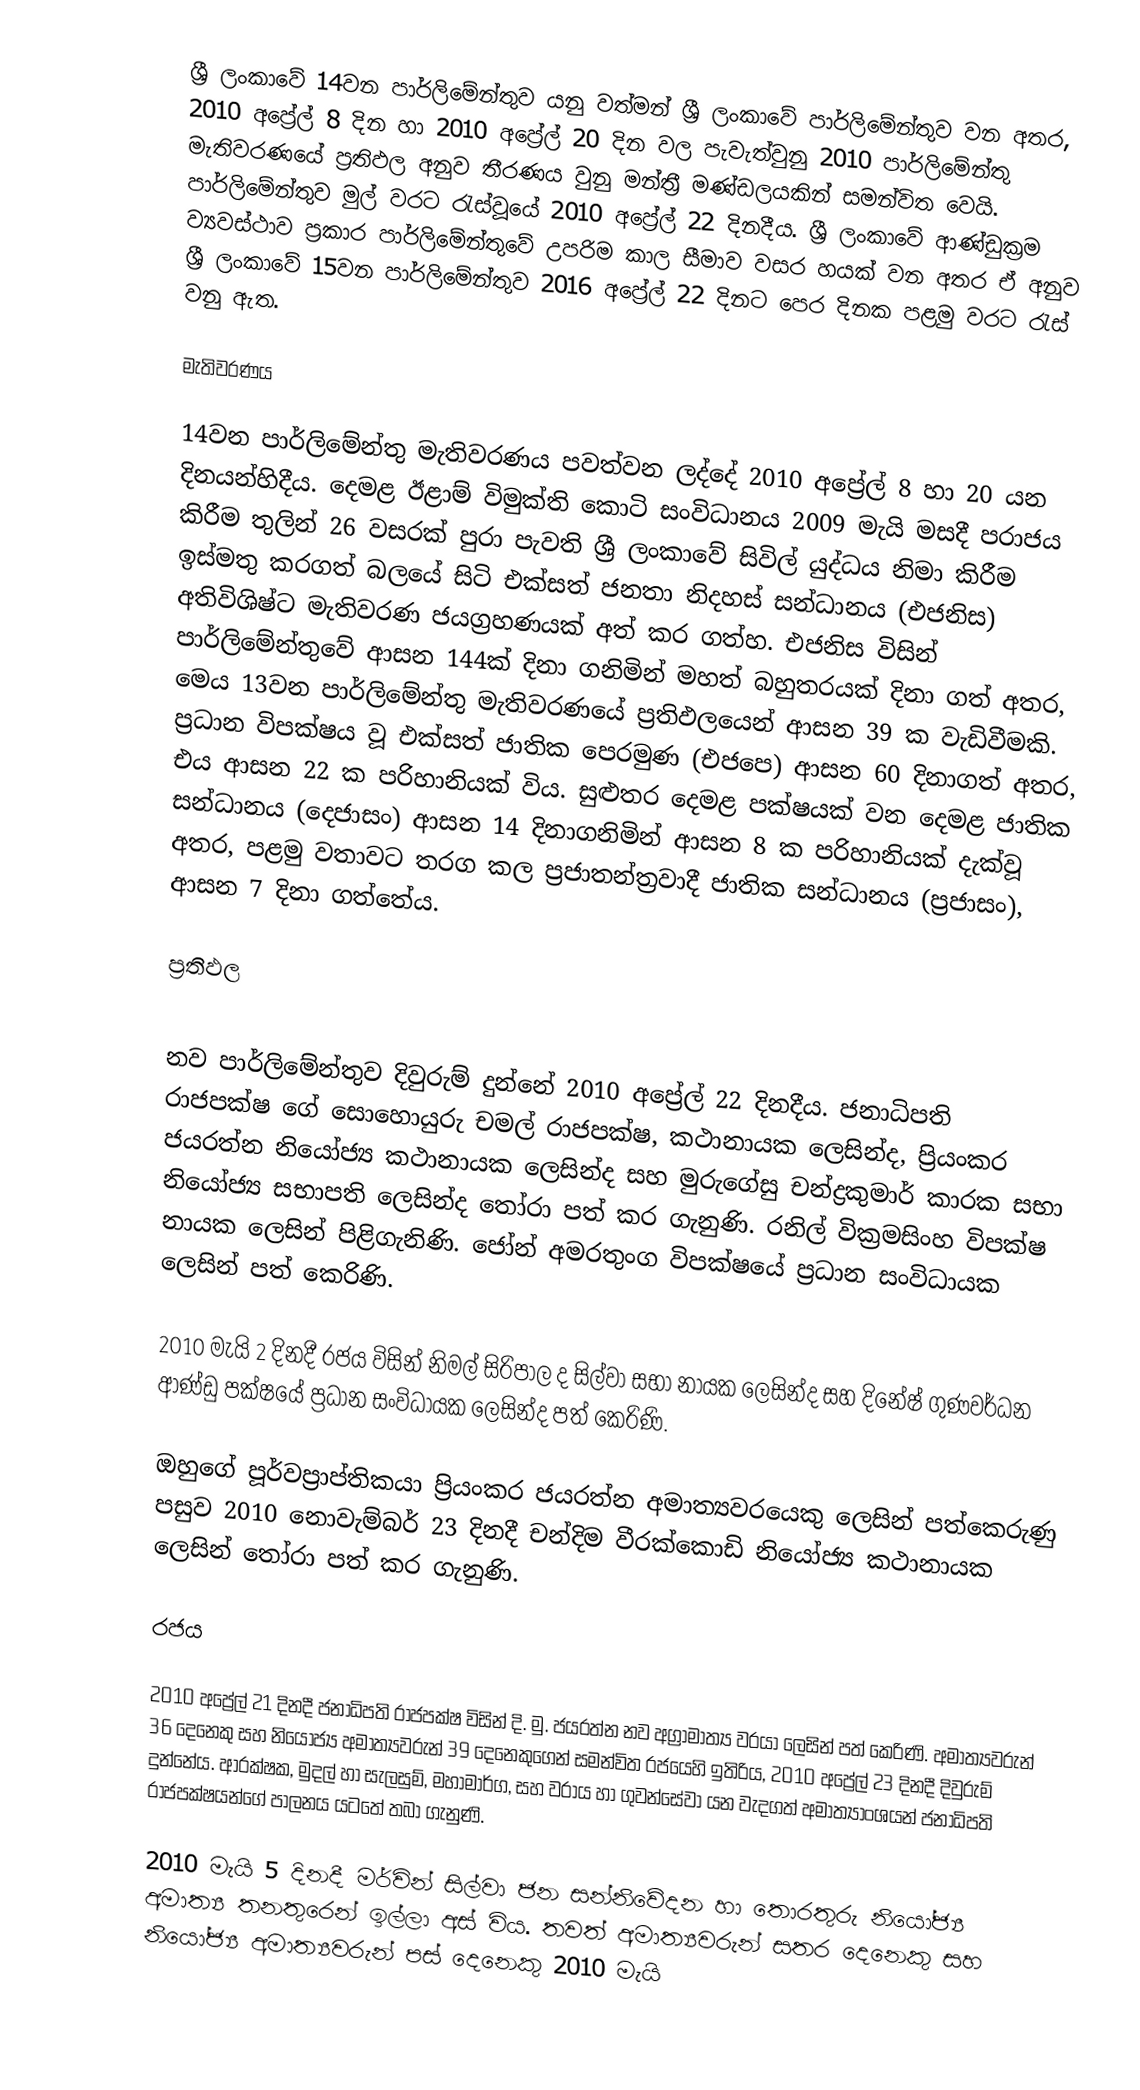
ශ්‍රී ලංකාවේ 14වන පාර්ලිමේන්තුව යනු වත්මන් ශ්‍රී ලංකාවේ පාර්ලිමේන්තුව වන අතර, 2010 අප්‍රේල් 8 දින හා 2010 අප්‍රේල් 20 දින වල පැවැත්වුනු 2010 පාර්ලිමේන්තු මැතිවරණයේ ප්‍රතිඵල අනුව තීරණය වුනු මන්ත්‍රී මණ්ඩලයකින් සමන්විත වෙයි. පාර්ලිමේන්තුව මුල් වරට රැස්වූයේ 2010 අප්‍රේල් 22 දිනදීය. ශ්‍රී ලංකාවේ ආණ්ඩුක්‍රම ව්‍යවස්ථාව ප්‍රකාර පාර්ලිමේන්තුවේ උපරිම කාල සීමාව වසර හයක් වන අතර ඒ අනුව ශ්‍රී ලංකාවේ 15වන පාර්ලිමේන්තුව 2016 අප්‍රේල් 22 දිනට පෙර දිනක පළමු වරට රැස් වනු ඇත.

මැතිවරණය

14වන පාර්ලිමේන්තු මැතිවරණය පවත්වන ලද්දේ 2010 අප්‍රේල් 8 හා 20 යන දිනයන්හිදීය. දෙමළ ඊළාම් විමුක්ති කොටි සංවිධානය 2009 මැයි මසදී පරාජය කිරීම තුලින් 26 වසරක් පුරා පැවති  ශ්‍රී ලංකා‍වේ සිවිල් යුද්ධය නිමා කිරීම ඉස්මතු කරගත්  බලයේ සිටි එක්සත් ජනතා නිදහස් සන්ධානය (එජනිස) අතිවිශිෂ්ට මැතිවරණ ජයග්‍රහණයක් අත් කර ගත්හ. එජනිස විසින් පාර්ලිමේන්තුවේ ආසන 144ක් දිනා ගනිමින් මහත් බහුතරයක් දිනා ගත් අතර, මෙය  13වන පාර්ලිමේන්තු මැතිවරණයේ ප්‍රතිඵලයෙන් ආසන 39 ක වැඩිවීමකි. ප්‍රධාන විපක්ෂය වූ එක්සත් ජාතික පෙරමුණ (එජපෙ) ආසන 60 දිනාගත් අතර, එය ආසන 22 ක පරිහානියක් විය. සුළුතර දෙමළ පක්ෂයක් වන  දෙමළ ජාතික සන්ධානය (දෙජාසං) ආසන 14 දිනාගනිමින් ආසන 8 ක පරිහානියක් දැක්වූ අතර, පළමු වතාවට තරග කල  ප්‍රජාතන්ත්‍රවාදී ජාතික සන්ධානය (ප්‍රජාසං), ආසන 7 දිනා ගත්තේය.

ප්‍රතිඵල

නව පාර්ලිමේන්තුව දිවුරුම් දුන්නේ 2010 අප්‍රේල් 22 දිනදීය. ජනාධිපති රාජපක්ෂ ගේ සොහොයුරු චමල් රාජපක්ෂ, කථානායක ලෙසින්ද, ප්‍රියංකර ජයරත්න නියෝජ්‍ය කථානායක ලෙසින්ද සහ මුරුගේසු චන්ද්‍රකුමාර් කාරක සභා නියෝජ්‍ය සභාපති ලෙසින්ද තෝරා පත් කර ගැනුණි. රනිල් වික්‍රමසිංහ විපක්ෂ නායක ලෙසින් පිළිගැනිණි. ජෝන් අමරතුංග විපක්ෂයේ ප්‍රධාන සංවිධායක ලෙසින් පත් කෙරිණි.

2010 මැයි 2 දිනදී රජය විසින්  නිමල් සිරිපාල ද සිල්වා සභා නායක ලෙසින්ද සහ දිනේෂ් ගුණවර්ධන ආණ්ඩු පක්ෂයේ ප්‍රධාන සංවිධායක ලෙසින්ද පත් කෙරිණි.

ඔහුගේ පූර්වප්‍රාප්තිකයා ප්‍රියංකර ජයරත්න අමාත්‍යවරයෙකු ලෙසින් පත්කෙරුණු පසුව 2010 නොවැම්බර් 23 දිනදී චන්දිම වීරක්කොඩි නියෝජ්‍ය කථානායක ලෙසින් තෝරා පත් කර ගැනුණි.

රජය

2010 අප්‍රේල් 21 දිනදී ජනාධිපති රාජපක්ෂ විසින් දි. මු. ජයරත්න නව අග්‍රාමාත්‍ය වරයා ලෙසින් පත් කෙරිණි. අමාත්‍යවරුන් 36 දෙනෙකු සහ නියෝජ්‍ය අමාත්‍යවරුන් 39 දෙනෙකුගෙන් සමන්විත රජයෙහි ඉතිරිය, 2010 අප්‍රේල් 23 දිනදී දිවුරුම් දුන්නේය. ආරක්ෂක, මුදල් හා සැලසුම්, මහාමාර්ග, සහ වරාය හා ගුවන්සේවා යන වැදගත් අමාත්‍යාංශයන් ජනාධිපති රාජපක්ෂයන්ගේ පාලනය යටතේ තබා ගැනුණි.

2010 මැයි 5 දිනදී මර්වින් සිල්වා ජන සන්නිවේදන හා තොරතුරු නියෝජ්‍ය අමාත්‍ය තනතුරෙන් ඉල්ලා අස් විය. තවත් අමාත්‍යවරුන් සතර දෙනෙකු සහ නියෝජ්‍ය අමාත්‍යවරුන් පස් දෙනෙකු 2010 මැයි